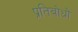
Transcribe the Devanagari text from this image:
प्रतिबोधों